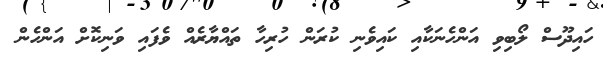
ހައިދޫސް ލޯބިވި އަންހެނަކާއި ކައިވެނި ކުރަން ހުރިހާ ތައްޔާރެއް ވެފައި ވަނިކޮށް އަންހެން